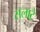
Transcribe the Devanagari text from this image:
सलाटे